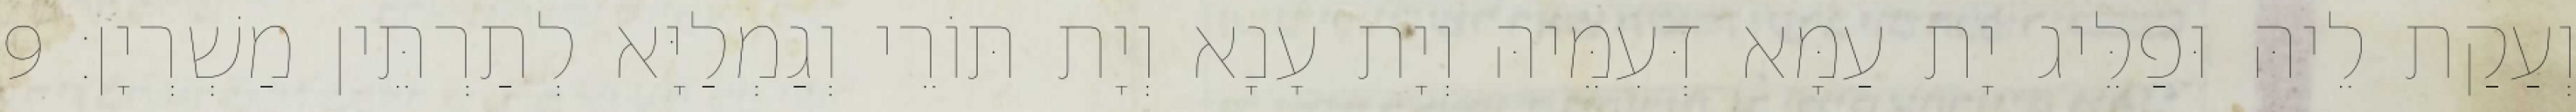
וְעַקַת לֵיהּ וּפַלֵּיג יָת עַמָּא דְּעִמֵּיהּ וְיָת עָנָא וְיָת תּוֹרֵי וְגַמְלַיָּא לְתַרְתֵּין מַשְׁרְיָן׃ 9